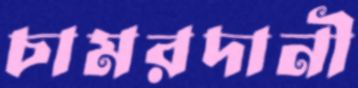
চামরদানী